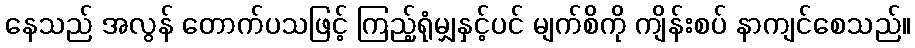
နေသည် အလွန် တောက်ပသဖြင့် ကြည့်ရုံမျှနှင့်ပင် မျက်စိကို ကျိန်းစပ် နာကျင်စေသည်။